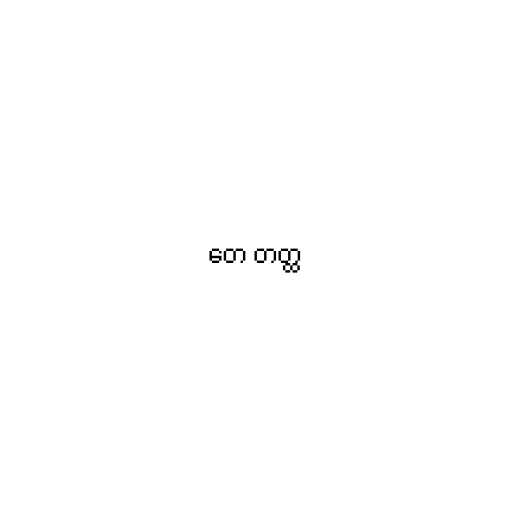
တေ တတ္ထ